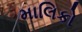
માલિકો